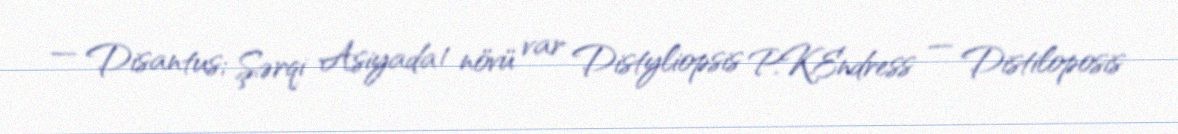
— Disantus; Şərqi Asiyada 1 növü var Distyliopsis P.K.Endress — Distiloposis